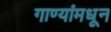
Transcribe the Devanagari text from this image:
गाण्यांमधून